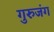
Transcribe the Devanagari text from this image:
गुरुजंग